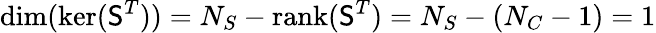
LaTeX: \mathrm{dim}(\mathrm{ker}({\mathsf S}^{T}))=N_{S}-\mathrm{rank}({\mathsf S}^{T})=N_{S}-(N_{C}-1)=1